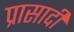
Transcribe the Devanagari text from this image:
प्रासादी